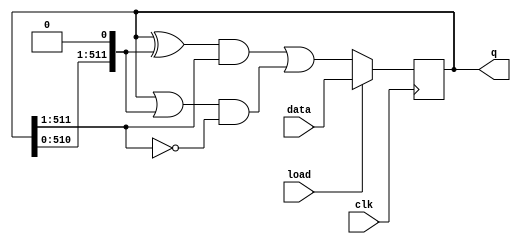
// Rule 110
/*
Rule 110 is a one-dimensional cellular automaton with interesting properties 
(such as being Turing-complete). There is a one-dimensional array of cells 
(on or off). At each time step, the state of each cell changes. In Rule 110, 
the next state of each cell depends only on itself and its two neighbours, 
according to the following table:

Left	Center	Right	Center's next state
1	    1	    1	    0
1	    1	    0	    1
1	    0	    1	    1
1	    0	    0	    0
0	    1	    1	    1
0	    1	    0	    1
0	    0	    1	    1
0	    0	    0	    0

(The name "Rule 110" comes from reading the "next state" column: 01101110 is 
decimal 110.) In this circuit, create a 512-cell system (q[511:0]), and 
advance by one time step each clock cycle. The load input indicates the state 
of the system should be loaded with data[511:0]. Assume the boundaries (q[-1] 
and q[512]) are both zero (off).
*/

module top_module(
	input wire         clk,
	input wire         load,
	input wire [511:0] data,
	output reg [511:0] q
    );
	
    always @(posedge clk) 
    begin
		if (load) 
			q <= data;
		else
			q <= (((q[511:0] ^ {q[510:0], 1'b0}) & q[511:1]) | 
                    ((q[511:0] | {q[510:0], 1'b0}) & (~q[511:1])));
	end
    
endmodule